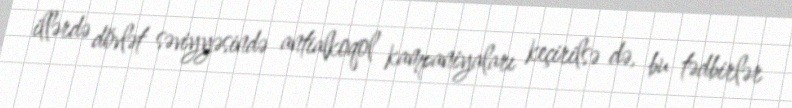
illərdə dövlət səviyyəsində antialkoqol kampaniyaları keçirilsə də, bu tədbirlər